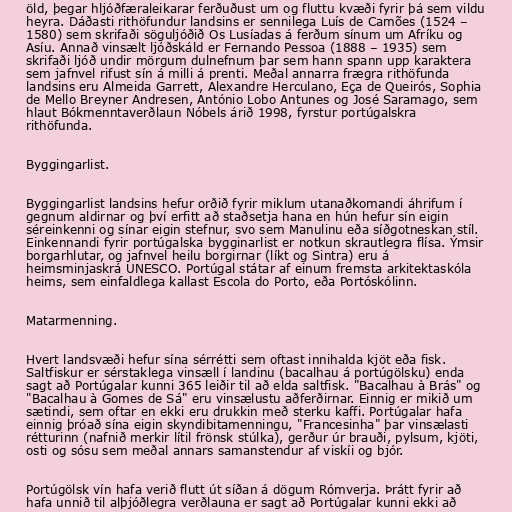
öld, þegar hljóðfæraleikarar ferðuðust um og fluttu kvæði fyrir þá sem vildu
heyra. Dáðasti rithöfundur landsins er sennilega Luís de Camões (1524 –
1580) sem skrifaði söguljóðið Os Lusíadas á ferðum sínum um Afríku og
Asíu. Annað vinsælt ljóðskáld er Fernando Pessoa (1888 – 1935) sem
skrifaði ljóð undir mörgum dulnefnum þar sem hann spann upp karaktera
sem jafnvel rifust sín á milli á prenti. Meðal annarra frægra rithöfunda
landsins eru Almeida Garrett, Alexandre Herculano, Eça de Queirós, Sophia
de Mello Breyner Andresen, António Lobo Antunes og José Saramago, sem
hlaut Bókmenntaverðlaun Nóbels árið 1998, fyrstur portúgalskra
rithöfunda.

Byggingarlist.

Byggingarlist landsins hefur orðið fyrir miklum utanaðkomandi áhrifum í
gegnum aldirnar og því erfitt að staðsetja hana en hún hefur sín eigin
séreinkenni og sínar eigin stefnur, svo sem Manulinu eða síðgotneskan stíl.
Einkennandi fyrir portúgalska bygginarlist er notkun skrautlegra flísa. Ýmsir
borgarhlutar, og jafnvel heilu borgirnar (líkt og Sintra) eru á
heimsminjaskrá UNESCO. Portúgal státar af einum fremsta arkitektaskóla
heims, sem einfaldlega kallast Escola do Porto, eða Portóskólinn.

Matarmenning.

Hvert landsvæði hefur sína sérrétti sem oftast innihalda kjöt eða fisk.
Saltfiskur er sérstaklega vinsæll í landinu (bacalhau á portúgölsku) enda
sagt að Portúgalar kunni 365 leiðir til að elda saltfisk. "Bacalhau à Brás" og
"Bacalhau à Gomes de Sá" eru vinsælustu aðferðirnar. Einnig er mikið um
sætindi, sem oftar en ekki eru drukkin með sterku kaffi. Portúgalar hafa
einnig þróað sína eigin skyndibitamenningu, "Francesinha" þar vinsælasti
rétturinn (nafnið merkir lítil frönsk stúlka), gerður úr brauði, pylsum, kjöti,
osti og sósu sem meðal annars samanstendur af viskíi og bjór.

Portúgölsk vín hafa verið flutt út síðan á dögum Rómverja. Þrátt fyrir að
hafa unnið til alþjóðlegra verðlauna er sagt að Portúgalar kunni ekki að